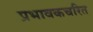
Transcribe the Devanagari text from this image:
प्रभावकचरित